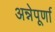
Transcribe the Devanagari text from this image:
अन्नेपूर्णा